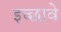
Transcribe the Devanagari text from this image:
इच्छावे